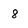
Character: 8